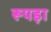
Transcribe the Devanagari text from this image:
रूपड़ा